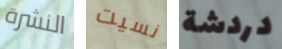
النشرة نسيت دردشة